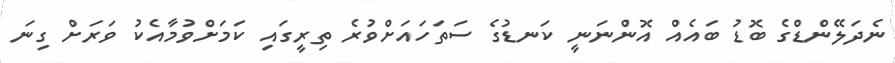
ނެދަލޭންޑްގެ ބޮޑު ބައެއް އޮންނަނީ ކަނޑުގެ ސަތަހައަށްވުރެ ތިރީގައި ކަމަށްވުމާއެކު ވަރަށް ގިނަ